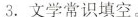
3.文学常识填空。